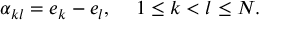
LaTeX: \alpha _ { k l } = e _ { k } - e _ { l } , \, \, \, \, \, \, \, 1 \le k < l \le N .